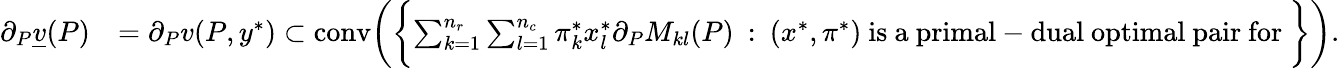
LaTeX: \begin{array}{rl}{\partial_{P}\underline{{v}}(P)}&{=\partial_{P}v(P,y^{*})\subset\mathrm{conv}\biggl(\biggl\{ \sum_{k=1}^{n_{r}}\sum_{l=1}^{n_{c}}\pi_{k}^{*}x_{l}^{*}\partial_{P}M_{kl}(P)\: :\: (x^{*},\pi^{*})\mathrm{~is~a~primal-dual~optimal~pair~for~}\biggr\} \biggr).}\end{array}